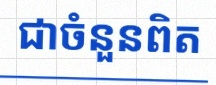
សន្មតថា x ជាចំនួនពិត